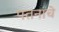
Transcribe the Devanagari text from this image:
पतनाचे